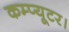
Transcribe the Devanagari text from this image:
कम्प्यूटर।